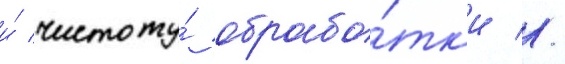
и́ чистоту́ обрабо́тк'и //